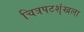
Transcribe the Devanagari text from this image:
चित्रपटशृंखला